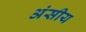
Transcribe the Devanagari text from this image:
अंसीय